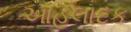
આહલાદક